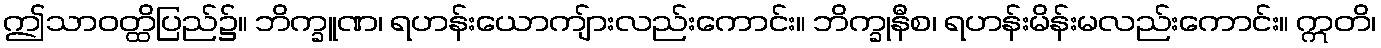
ဤသာဝတ္ထိပြည်၌။ ဘိက္ခူဏ၊ ရဟန်းယောကျ်ားလည်းကောင်း။ ဘိက္ခုနီစ၊ ရဟန်းမိန်းမလည်းကောင်း။ ဣတိ၊